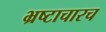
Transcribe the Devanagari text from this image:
भ्रष्टाचारच